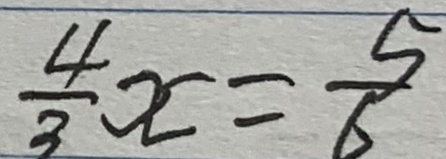
\frac { 4 } { 3 } x = \frac { 5 } { 6 }